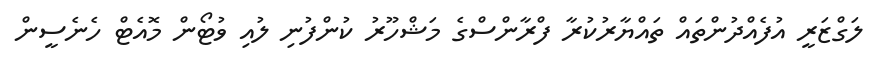
ލަގްޒަރީ އުފެއްދުންތައް ތައްޔާރުކުރާ ފްރާންސްގެ މަޝްހޫރު ކުންފުނި ލުއި ވުޓޯން މޮއެޓް ހެނެސީން